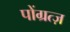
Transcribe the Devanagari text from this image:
पोंग्रत्ज़